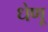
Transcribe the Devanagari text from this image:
धेणू